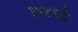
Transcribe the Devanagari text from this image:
१४८६ई